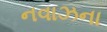
નવાઝના